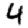
Digit: 4